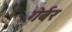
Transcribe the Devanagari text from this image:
गेर्बर